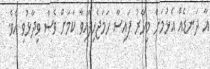
އާ ދަނޑެއް އެޅުމަށް މިހާރު ފައިސާ ހަމަޖެހިފައިވާ ކަމަށް ވެސް ވިދާޅުވި އެވެ.